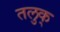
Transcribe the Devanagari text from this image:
तलुक्